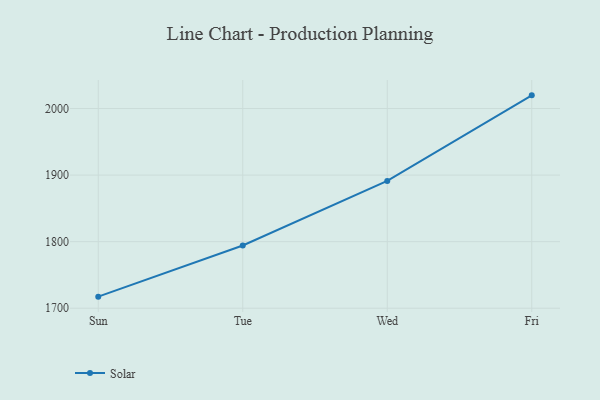
{"axis": {"x": "Day", "y": "Temperature (°C)"}, "legend": ["Solar"], "data": [{"x": "Sun", "y": 1717.4, "type": "Solar"}, {"x": "Tue", "y": 1794.3, "type": "Solar"}, {"x": "Wed", "y": 1891.2, "type": "Solar"}, {"x": "Fri", "y": 2019.8, "type": "Solar"}]}